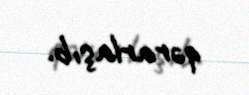
qərarlaşıb.